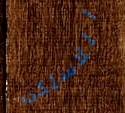
اللاسلكى